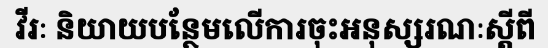
វីរៈ និយាយបន្ថែមលើការចុះអនុស្សរណៈស្តីពី